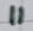
Text: 11